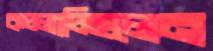
কচ্‌লাচ্ছিলেন